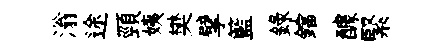
滃途頸姨樊擘籃録鐺醵緊